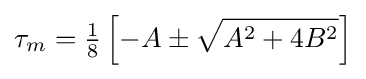
\tau _{m}={\tfrac {1}{8}}\left[-A\pm {\sqrt {A^{2}+4B^{2}}}\right]